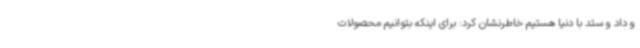
و داد و ستد با دنیا هستیم خاطرنشان کرد: برای اینکه بتوانیم محصولات